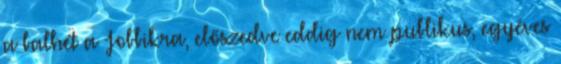
a balhét a Jobbikra, előszedve eddig nem publikus, egyéves